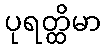
ပုရတ္ထိမာ